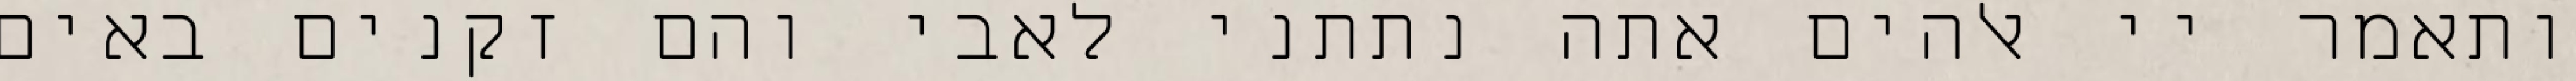
ותאמר יי אלהים אתה נתתני לאבי והם זקנים באים